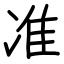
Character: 准